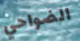
الضواحي